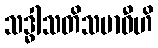
သဒ္ဓါသတိသမာဓီဟိ